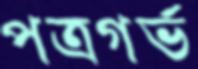
পত্রগর্ভ